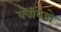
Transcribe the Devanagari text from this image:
क्वीवेडो